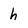
Character: h